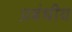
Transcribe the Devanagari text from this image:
प्रबंधीय